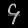
Digit: ၄